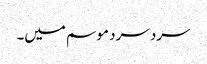
سرد سرد موسم میں۔